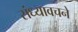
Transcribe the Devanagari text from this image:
संध्यावचने